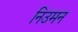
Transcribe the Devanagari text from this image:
निउमन